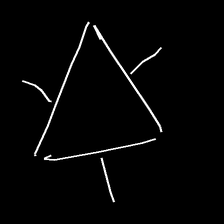
Glyph: fire